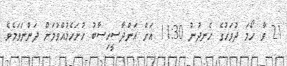
21 ވާ ހޯމަ ދުވަހުގެ ހެނދުނު 11:30 އަށް އަންދާސީހިސާބު ހުށަހެޅުއްވުމަށް ދަންނަވަމެވެ.